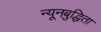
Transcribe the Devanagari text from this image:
न्यूनबुद्धिता